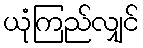
ယုံကြည်လျှင်